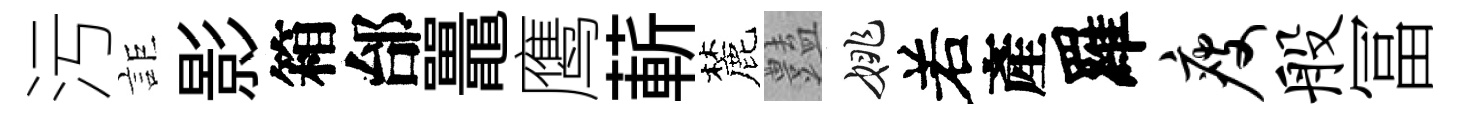
污詎影箱邰鼉鹰蔪麓𧰟姚𠰥產羅瘦般冨